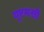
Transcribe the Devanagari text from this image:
यूएमसी